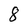
Character: 8